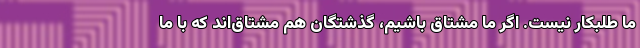
ما طلبکار نیست. اگر ما مشتاق باشیم، گذشتگان هم مشتاق‌اند که با ما